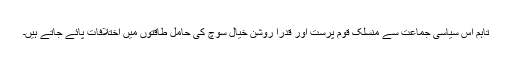
تاہم اس سیاسی جماعت سے منسلک قوم پرست اور قدرا روشن خیال سوچ کی حامل طاقتوں میں اختلافات پائے جاتے ہیں۔